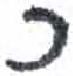
אות: כ